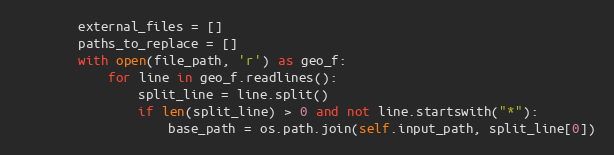
Language: Python
        external_files = []
        paths_to_replace = []
        with open(file_path, 'r') as geo_f:
            for line in geo_f.readlines():
                split_line = line.split()
                if len(split_line) > 0 and not line.startswith("*"):
                    base_path = os.path.join(self.input_path, split_line[0])